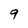
Character: 9